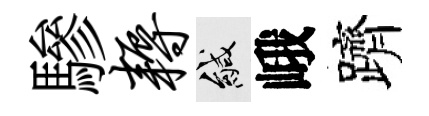
驂耨緘峨躋